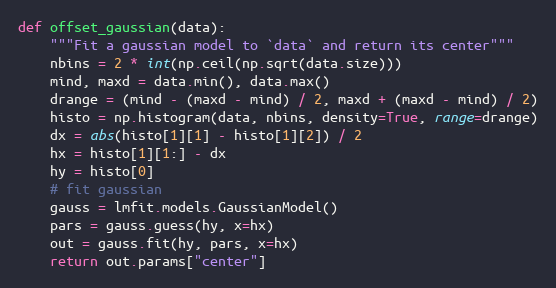
Language: Python
def offset_gaussian(data):
    """Fit a gaussian model to `data` and return its center"""
    nbins = 2 * int(np.ceil(np.sqrt(data.size)))
    mind, maxd = data.min(), data.max()
    drange = (mind - (maxd - mind) / 2, maxd + (maxd - mind) / 2)
    histo = np.histogram(data, nbins, density=True, range=drange)
    dx = abs(histo[1][1] - histo[1][2]) / 2
    hx = histo[1][1:] - dx
    hy = histo[0]
    # fit gaussian
    gauss = lmfit.models.GaussianModel()
    pars = gauss.guess(hy, x=hx)
    out = gauss.fit(hy, pars, x=hx)
    return out.params["center"]